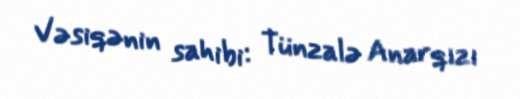
Vəsiqənin sahibi: Tünzalə Anarqızı